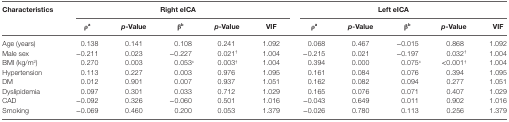
<table><thead><tr><td rowspan="2"><b>Characteristics</b></td><td colspan="5"><b>Right eICA</b></td><td colspan="5"><b>Left eICA</b></td></tr><tr><td><b>ρ<sup>a</sup></b></td><td><b><i>p</i>-Value</b></td><td><b>β<sup>b</sup></b></td><td><b><i>p</i>-Value</b></td><td><b>VIF</b></td><td><b>ρ<sup>a</sup></b></td><td><b><i>p</i>-Value</b></td><td><b>β<sup>b</sup></b></td><td><b><i>p</i>-Value</b></td><td><b>VIF</b></td></tr></thead><tbody><tr><td>Age (years)</td><td>0.138</td><td>0.141</td><td>0.108</td><td>0.241</td><td>1.092</td><td>0.068</td><td>0.467</td><td>−0.015</td><td>0.868</td><td>1.092</td></tr><tr><td>Male sex</td><td>−0.211</td><td>0.023</td><td>−0.227</td><td>0.021<sup>†</sup></td><td>1.004</td><td>−0.215</td><td>0.021</td><td>−0.197</td><td>0.032<sup>†</sup></td><td>1.004</td></tr><tr><td>BMI (kg/m<sup>2</sup>)</td><td>0.270</td><td>0.003</td><td>0.053<sup>c</sup></td><td>0.003<sup>†</sup></td><td>1.004</td><td>0.394</td><td>0.000</td><td>0.075<sup>c</sup></td><td>&lt;0.001<sup>†</sup></td><td>1.004</td></tr><tr><td>Hypertension</td><td>0.113</td><td>0.227</td><td>0.003</td><td>0.976</td><td>1.095</td><td>0.161</td><td>0.084</td><td>0.076</td><td>0.394</td><td>1.095</td></tr><tr><td>DM</td><td>0.012</td><td>0.901</td><td>0.007</td><td>0.937</td><td>1.051</td><td>0.162</td><td>0.082</td><td>0.094</td><td>0.277</td><td>1.051</td></tr><tr><td>Dyslipidemia</td><td>0.097</td><td>0.301</td><td>0.033</td><td>0.712</td><td>1.029</td><td>0.165</td><td>0.076</td><td>0.071</td><td>0.407</td><td>1.029</td></tr><tr><td>CAD</td><td>−0.092</td><td>0.326</td><td>−0.060</td><td>0.501</td><td>1.016</td><td>−0.043</td><td>0.649</td><td>0.011</td><td>0.902</td><td>1.016</td></tr><tr><td>Smoking</td><td>−0.069</td><td>0.460</td><td>0.200</td><td>0.053</td><td>1.379</td><td>−0.026</td><td>0.780</td><td>0.113</td><td>0.256</td><td>1.379</td></tr></tbody></table>